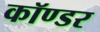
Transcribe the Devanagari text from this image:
कॉण्डर